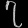
Digit: ၇